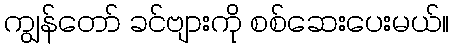
ကျွန်တော် ခင်ဗျားကို စစ်ဆေးပေးမယ်။